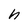
Character: h